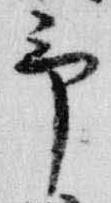
予